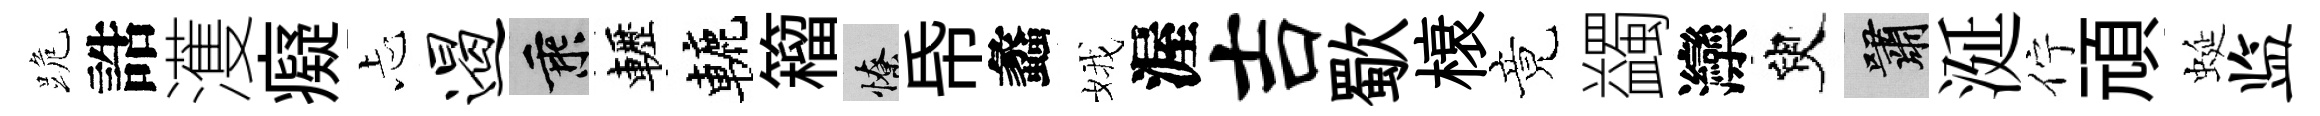
跪誥濩癡忐遏乘轣轆籕憭帋蠡娥渥吉歜榱竟蠲灤臾嘯涎佇頑蜒监